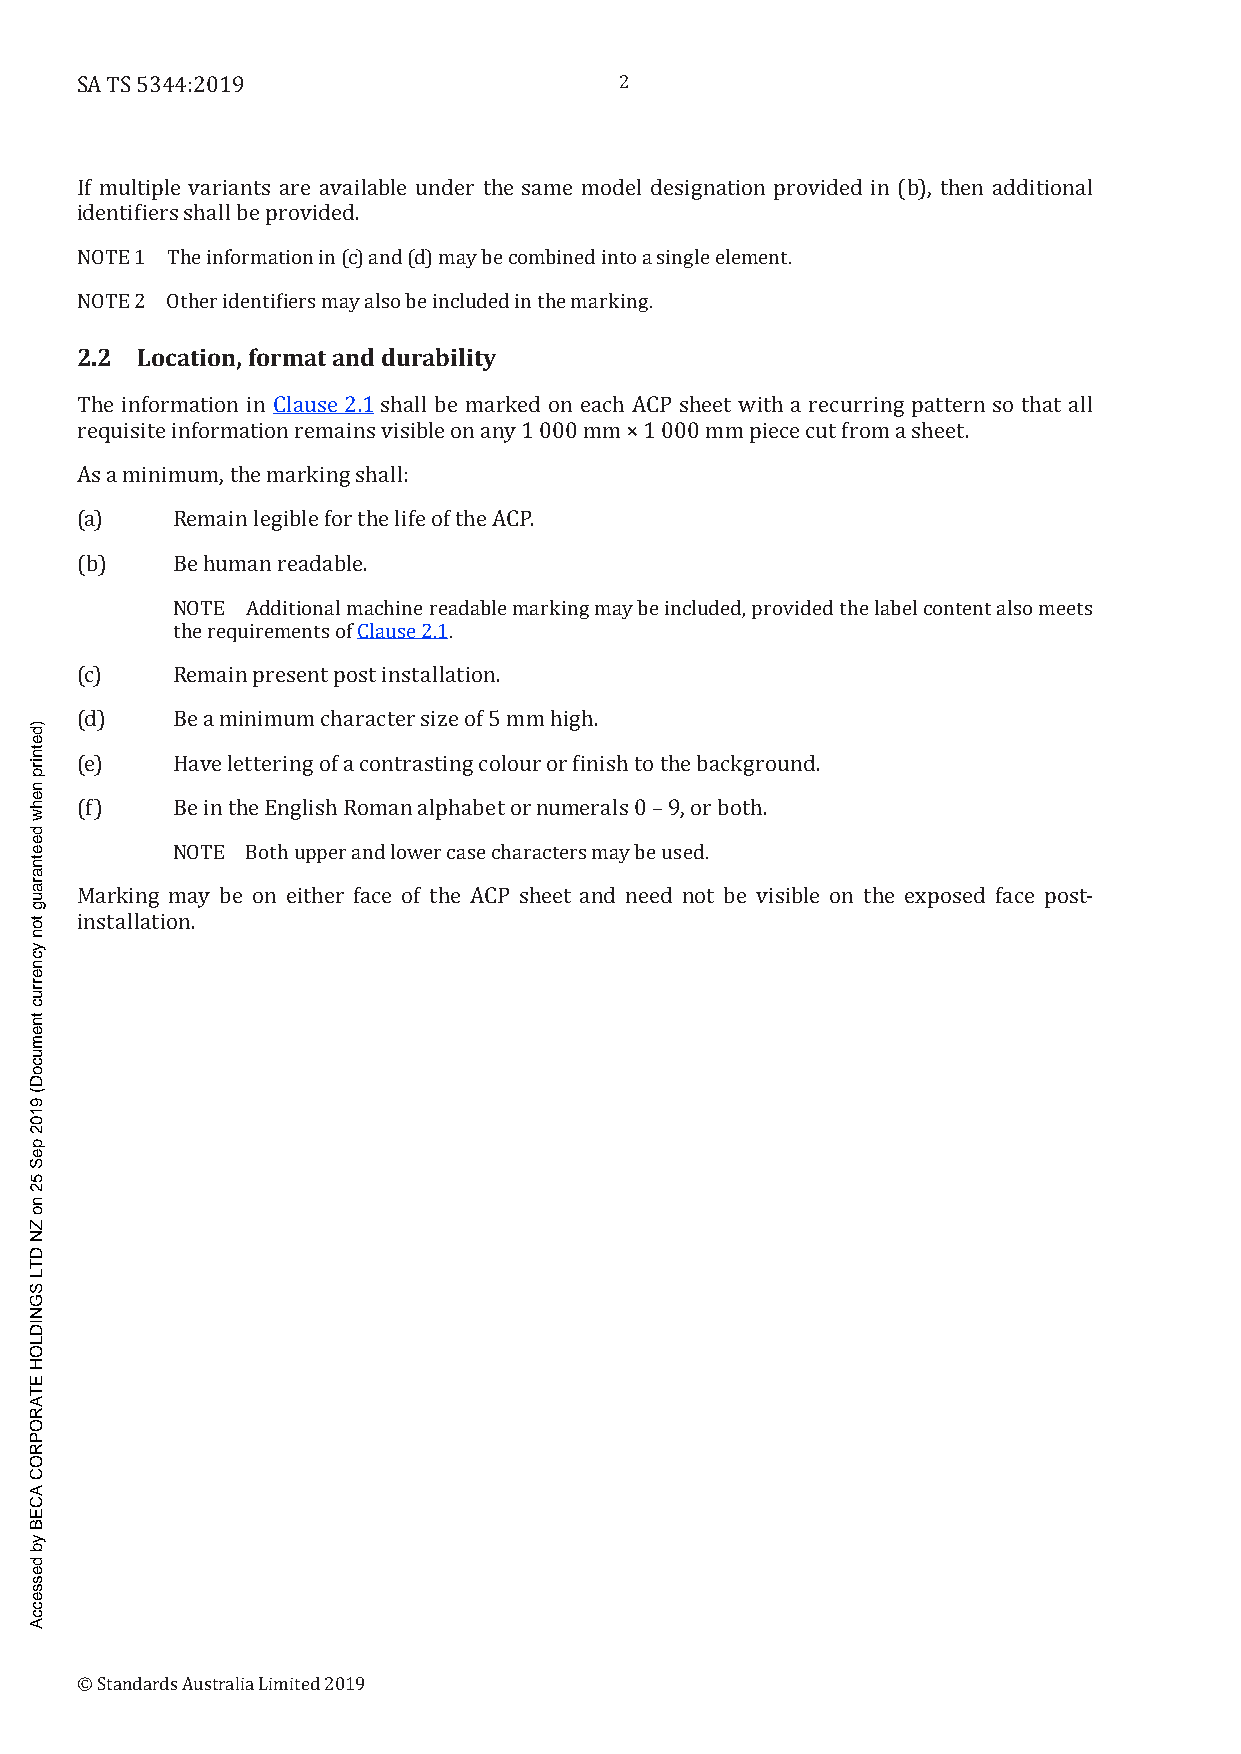
2
 SA TS 5344:2019
 If multiple variants are available under the same model designation provided in (b), then additional
 identifiers shall be provided.
 NOTE 1 The information in (c) and (d) may be combined into a single element.
 NOTE 2 Other identifiers may also be included in the marking.
 2.2 Location, format and durability
 The information in Clause 2.1 shall be marked on each ACP sheet with a recurring pattern so that all
 requisite information remains visible on any 1 000 mm × 1 000 mm piece cut from a sheet.
 As a minimum, the marking shall:
 (a)   Remain legible for the life of the ACP.
 (b)   Be human readable.
 NOTE Additional machine readable marking may be included, provided the label content also meets
 the requirements of Clause 2.1.
 (c)   Remain present post installation.
 (d)   Be a minimum character size of 5 mm high.
 (e)   Have lettering of a contrasting colour or finish to the background.
 (f)   Be in the English Roman alphabet or numerals 0 – 9, or both.
 NOTE Both upper and lower case characters may be used.
 Marking may be on either face of the ACP sheet and need not be visible on the exposed face post-
 installation.
 © Standards Australia Limited 2019
 )detnirp
 nehw
 deetnaraug
 ton
 ycnerruc
 tnemucoD(
 9102
 peS
 52
 no
 ZN
 DTL
 SGNIDLOH
 ETAROPROC
 ACEB
 yb
 desseccA
 noisrev-esaeler
 tnedi-cod
 TAN